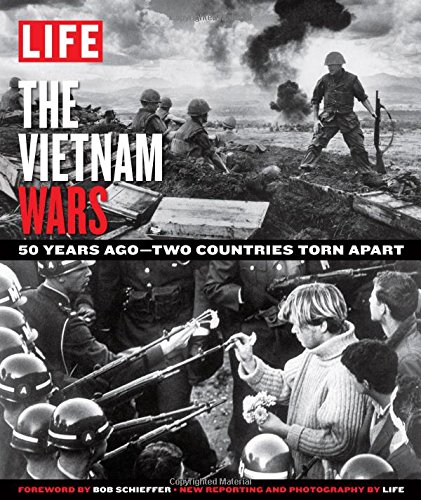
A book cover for LIFE The Vietnam Wars: 50 Years Ago--Two Countries Torn Apart; The Editors of LIFE; Arts & Photography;